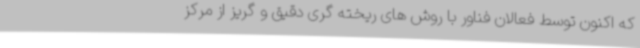
که اکنون توسط فعالان فناور با روش های ریخته گری دقیق و گریز از مرکز